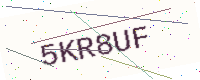
Text: 5KR8UF